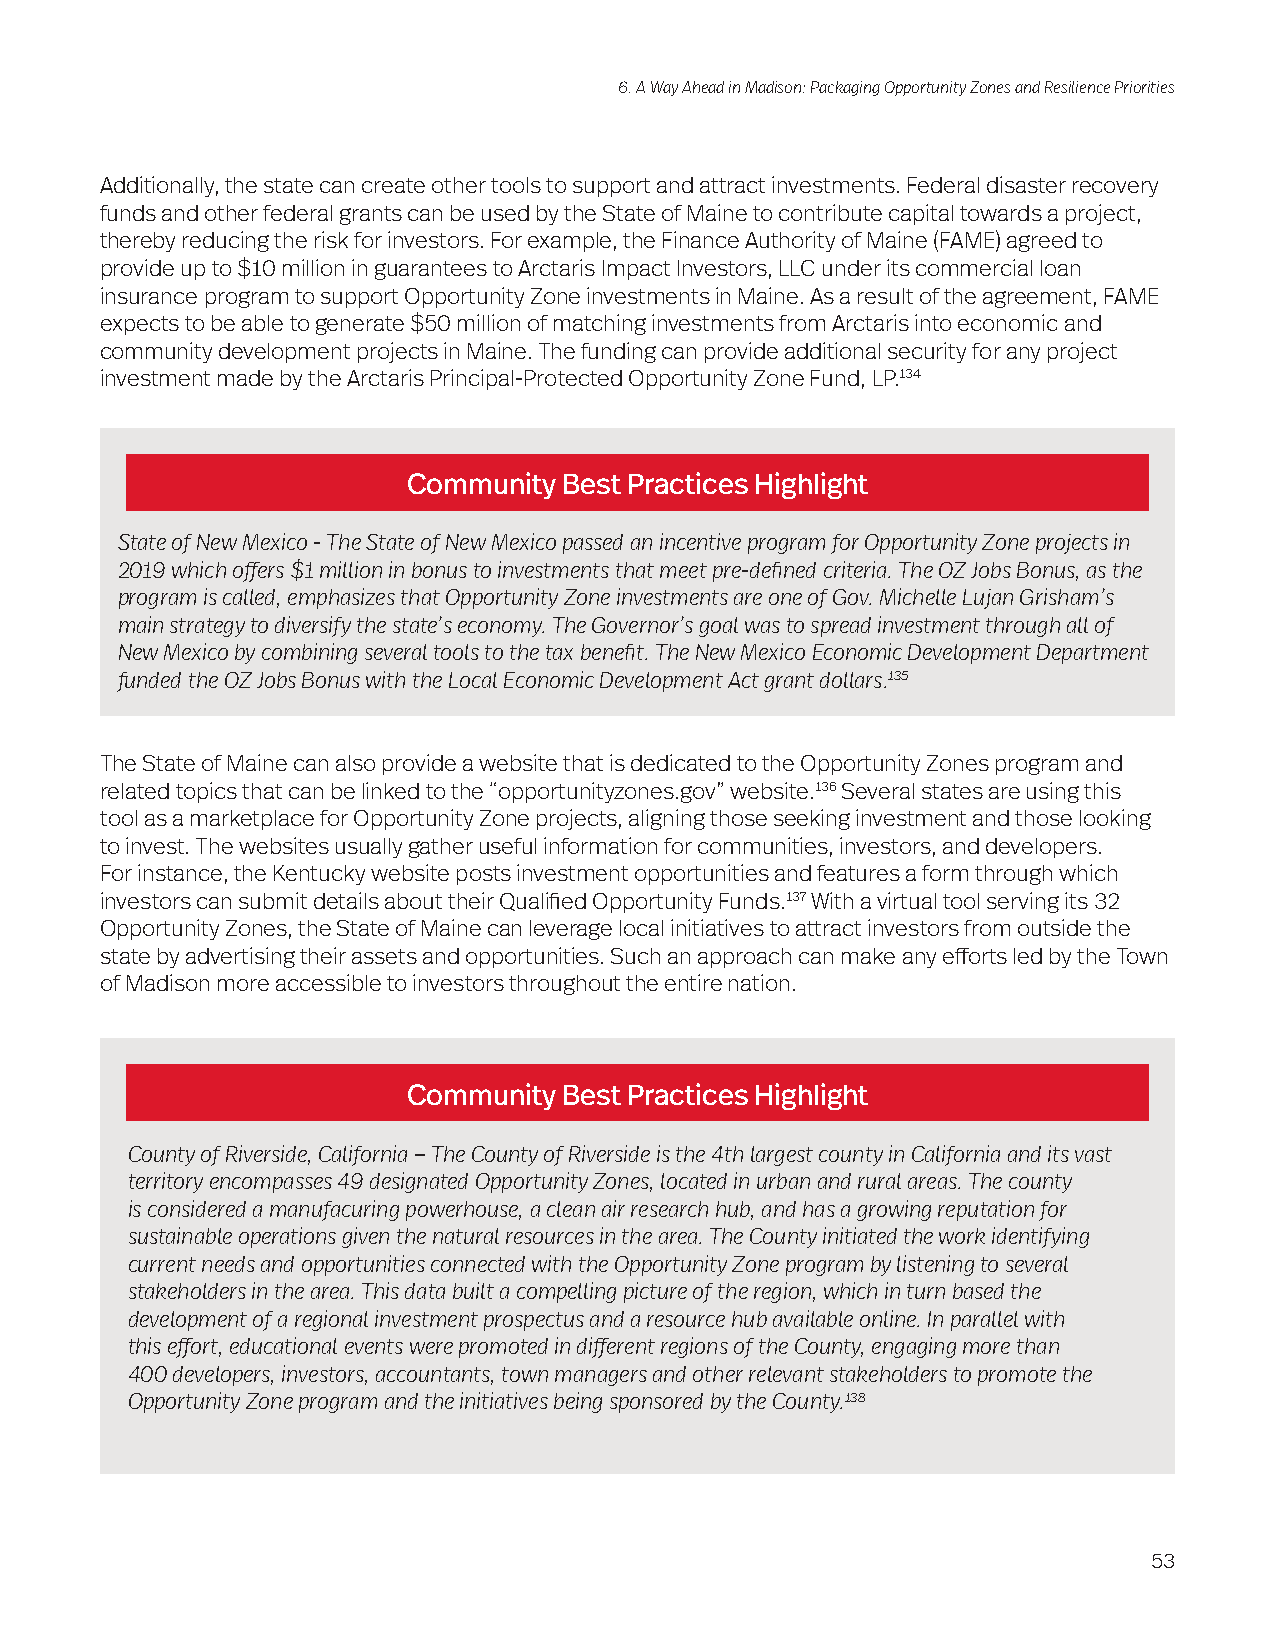
6. A Way Ahead in Madison: Packaging Opportunity Zones and Resilience Priorities
 Additionally, the state can create other tools to support and attract investments. Federal disaster recovery
 funds and other federal grants can be used by the State of Maine to contribute capital towards a project,
 thereby reducing the risk for investors. For example, the Finance Authority of Maine (FAME) agreed to
 provide up to $10 million in guarantees to Arctaris Impact Investors, LLC under its commercial loan
 insurance program to support Opportunity Zone investments in Maine. As a result of the agreement, FAME
 expects to be able to generate $50 million of matching investments from Arctaris into economic and
 community development projects in Maine. The funding can provide additional security for any project
 investment made by the Arctaris Principal-Protected Opportunity Zone Fund, LP.134
 Community Best Practices Highlight
 State of New Mexico - The State of New Mexico passed an incentive program for Opportunity Zone projects in
 2019 which offers $1 million in bonus to investments that meet pre-defined criteria. The OZ Jobs Bonus, as the
 program is called, emphasizes that Opportunity Zone investments are one of Gov. Michelle Lujan Grisham’s
 main strategy to diversify the state’s economy. The Governor’s goal was to spread investment through all of
 New Mexico by combining several tools to the tax benefit. The New Mexico Economic Development Department
 funded the OZ Jobs Bonus with the Local Economic Development Act grant dollars.135
 The State of Maine can also provide a website that is dedicated to the Opportunity Zones program and
 related topics that can be linked to the “opportunityzones.gov” website.136 Several states are using this
 tool as a marketplace for Opportunity Zone projects, aligning those seeking investment and those looking
 to invest. The websites usually gather useful information for communities, investors, and developers.
 For instance, the Kentucky website posts investment opportunities and features a form through which
 investors can submit details about their Qualified Opportunity Funds.137 With a virtual tool serving its 32
 Opportunity Zones, the State of Maine can leverage local initiatives to attract investors from outside the
 state by advertising their assets and opportunities. Such an approach can make any efforts led by the Town
 of Madison more accessible to investors throughout the entire nation.
 Community Best Practices Highlight
 County of Riverside, California – The County of Riverside is the 4th largest county in California and its vast
 territory encompasses 49 designated Opportunity Zones, located in urban and rural areas. The county
 is considered a manufacuring powerhouse, a clean air research hub, and has a growing reputation for
 sustainable operations given the natural resources in the area. The County initiated the work identifying
 current needs and opportunities connected with the Opportunity Zone program by listening to several
 stakeholders in the area. This data built a compelling picture of the region, which in turn based the
 development of a regional investment prospectus and a resource hub available online. In parallel with
 this effort, educational events were promoted in different regions of the County, engaging more than
 400 developers, investors, accountants, town managers and other relevant stakeholders to promote the
 Opportunity Zone program and the initiatives being sponsored by the County.138
 53